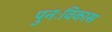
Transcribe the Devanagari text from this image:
पुनःविकास